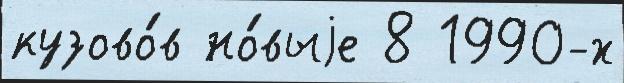
кузово́в но́выjе 8 1990-х